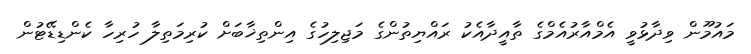
މައުމޫން ވިދާޅުވީ އެމްއާރުއެމްގެ ތާއީދާއެކު ރައްޔިތުންގެ މަޖިލިހުގެ އިންތިޚާބަށް ކުރިމަތިލާ ހުރިހާ ކެންޑިޑޭޓުން